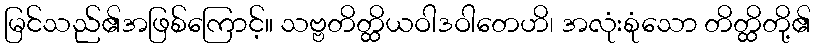
မြင်သည်၏အဖြစ်ကြောင့်။ သဗ္ဗတိတ္ထိယဝါဒဝါတေဟိ၊ အလုံးစုံသော တိတ္ထိတို့၏